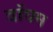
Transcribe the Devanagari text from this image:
वॉघम